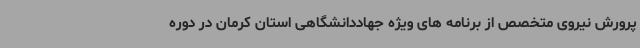
پرورش نیروی متخصص از برنامه های ویژه جهاددانشگاهی استان کرمان در دوره